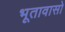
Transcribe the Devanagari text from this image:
भूतावासो